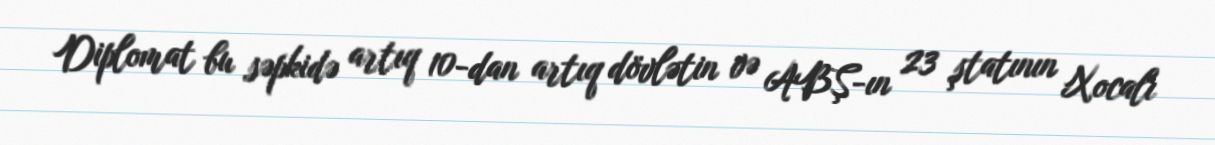
Diplomat bu səpkidə artıq 10-dan artıq dövlətin və ABŞ-ın 23 ştatının Xocalı